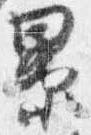
累